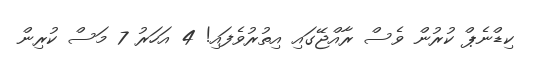
ކިޑްނެޕް ކުރުން ވެސް ރާއްޖޭގައި އިތުރުވެފައި! 4 އަހަރު 7 މަސް ކުރިން